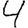
Digit: 4